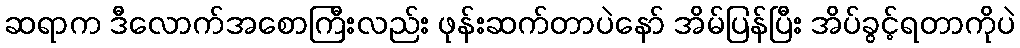
ဆရာက ဒီလောက်အစောကြီးလည်း ဖုန်းဆက်တာပဲနော် အိမ်ပြန်ပြီး အိပ်ခွင့်ရတာကိုပဲ